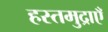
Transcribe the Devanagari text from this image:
हस्तमुद्राएँ